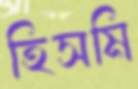
হিসমি